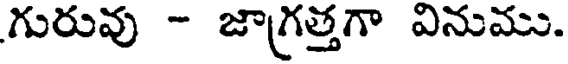
గురువు - జాగ్రత్తగా వినుము.